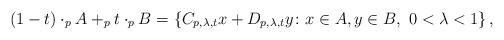
\begin{align*} (1-t)\cdot_p A +_p t \cdot_p B = \left\{C_{p,\lambda,t}x+D_{p,\lambda,t}y \colon x \in A, y \in B, \ 0<\lambda<1\right\}, \end{align*}